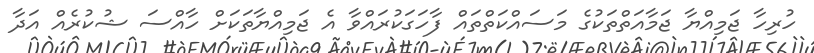
ހުރިހާ ޖަމިއްޔާ ޖަމާއަތްތަކުގެ މަސައްކަތްތައް ފާހަގަކުރައްވާ އެ ޖަމިއްޔާތަކަށް ހާއްސަ ޝުކުރެއް އަދާ